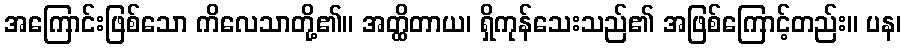
အကြောင်းဖြစ်သော ကိလေသာတို့၏။ အတ္ထိတာယ၊ ရှိကုန်သေးသည်၏ အဖြစ်ကြောင့်တည်း။ ပန၊